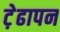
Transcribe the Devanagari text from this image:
ट़ेढापन